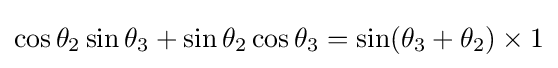
\cos \theta _{2}\sin \theta _{3}+\sin \theta _{2}\cos \theta _{3}=\sin(\theta _{3}+\theta _{2})\times 1